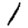
Digit: 1